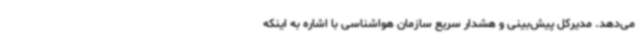
می‌دهد. مدیرکل پیش‌بینی و هشدار سریع سازمان هواشناسی با اشاره به اینکه